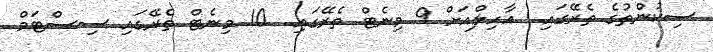
ސިކުންތުގެ ތެރޭގައި.. އާހިލްއަށް 9 މިނެޓް ތެރޭގައި.. 10 މިނެޓް ތެރޭގައި ސިސްޓަމް